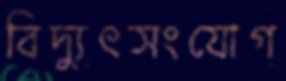
বিদ্যুৎসংযোগ